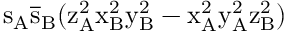
\mathrm { s _ { A } \mathrm { \overline { { s } } _ { B } ( \mathrm { z _ { A } ^ { 2 } \mathrm { x _ { B } ^ { 2 } \mathrm { y _ { B } ^ { 2 } - \mathrm { x _ { A } ^ { 2 } \mathrm { y _ { A } ^ { 2 } \mathrm { z _ { B } ^ { 2 } ) } } } } } } } }